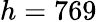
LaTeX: h=769